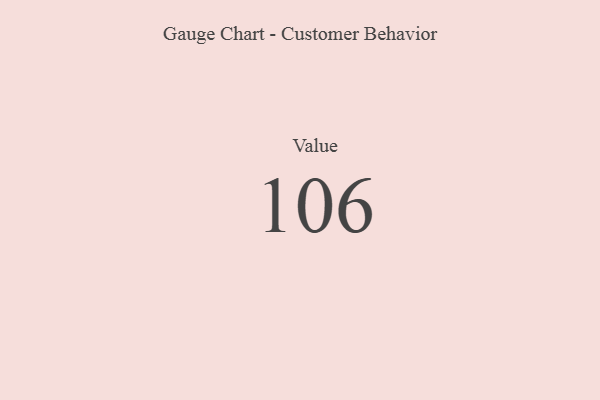
{"axis": {"x": "Metric", "y": "Value"}, "legend": [""], "data": [{"x": "Value", "y": 106, "type": ""}]}